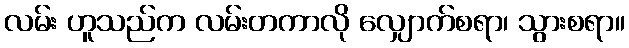
လမ်း ဟူသည်က လမ်းတကာလို လျှောက်စရာ၊ သွားစရာ။